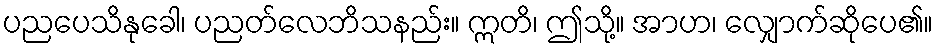
ပညပေသိနုခေါ၊ ပညတ်လေဘိသနည်း။ ဣတိ၊ ဤသို့။ အာဟ၊ လျှောက်ဆိုပေ၏။